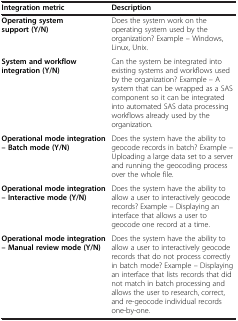
<table><thead><tr><td><b>Integration metric</b></td><td><b>Description</b></td></tr></thead><tbody><tr><td><b>Operating system support (Y/N)</b></td><td>Does the system work on the operating system used by the organization? Example – Windows, Linux, Unix.</td></tr><tr><td><b>System and workflow integration (Y/N)</b></td><td>Can the system be integrated into existing systems and workflows used by the organization? Example – A system that can be wrapped as a SAS component so it can be integrated into automated SAS data processing workflows already used by the organization.</td></tr><tr><td><b>Operational mode integration – Batch mode (Y/N)</b></td><td>Does the system have the ability to geocode records in batch? Example – Uploading a large data set to a server and running the geocoding process over the whole file.</td></tr><tr><td><b>Operational mode integration – Interactive mode (Y/N)</b></td><td>Does the system have the ability to allow a user to interactively geocode records? Example – Displaying an interface that allows a user to geocode one record at a time.</td></tr><tr><td><b>Operational mode integration – Manual review mode (Y/N)</b></td><td>Does the system have the ability to allow a user to interactively geocode records that do not process correctly in batch mode? Example – Displaying an interface that lists records that did not match in batch processing and allows the user to research, correct, and re-geocode individual records one-by-one.</td></tr></tbody></table>